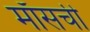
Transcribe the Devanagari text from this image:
माँसची